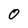
Character: 0